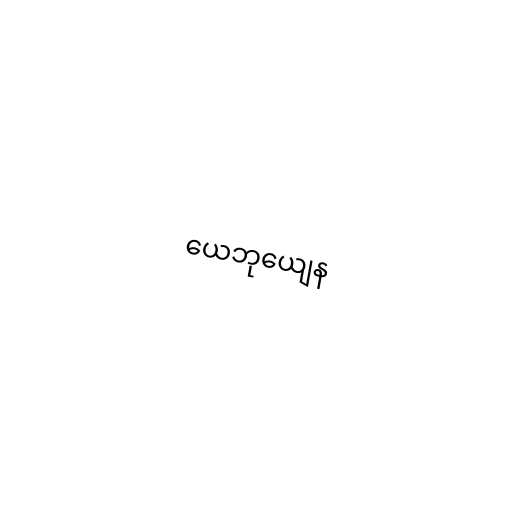
ယေဘုယျေန